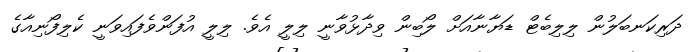
ދަރިކަނބަލުން ލިލިބެޓް ޑަޔާނާއަށް ލޯބިން ވިދާޅުވާނީ ލިލީ އެވެ. ލިލީ އުފަންވެފައިވަނީ ކެލިފޯނިއާގެ